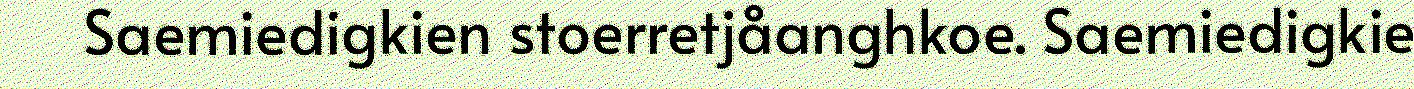
Saemiedigkien stoerretjåanghkoe. Saemiedigkie